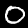
Label: 0